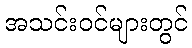
အသင်းဝင်များတွင်